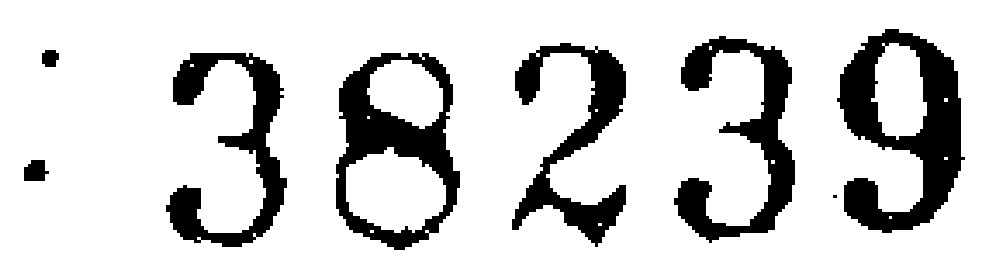
$: 38239$